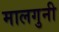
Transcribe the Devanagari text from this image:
मालगुनी